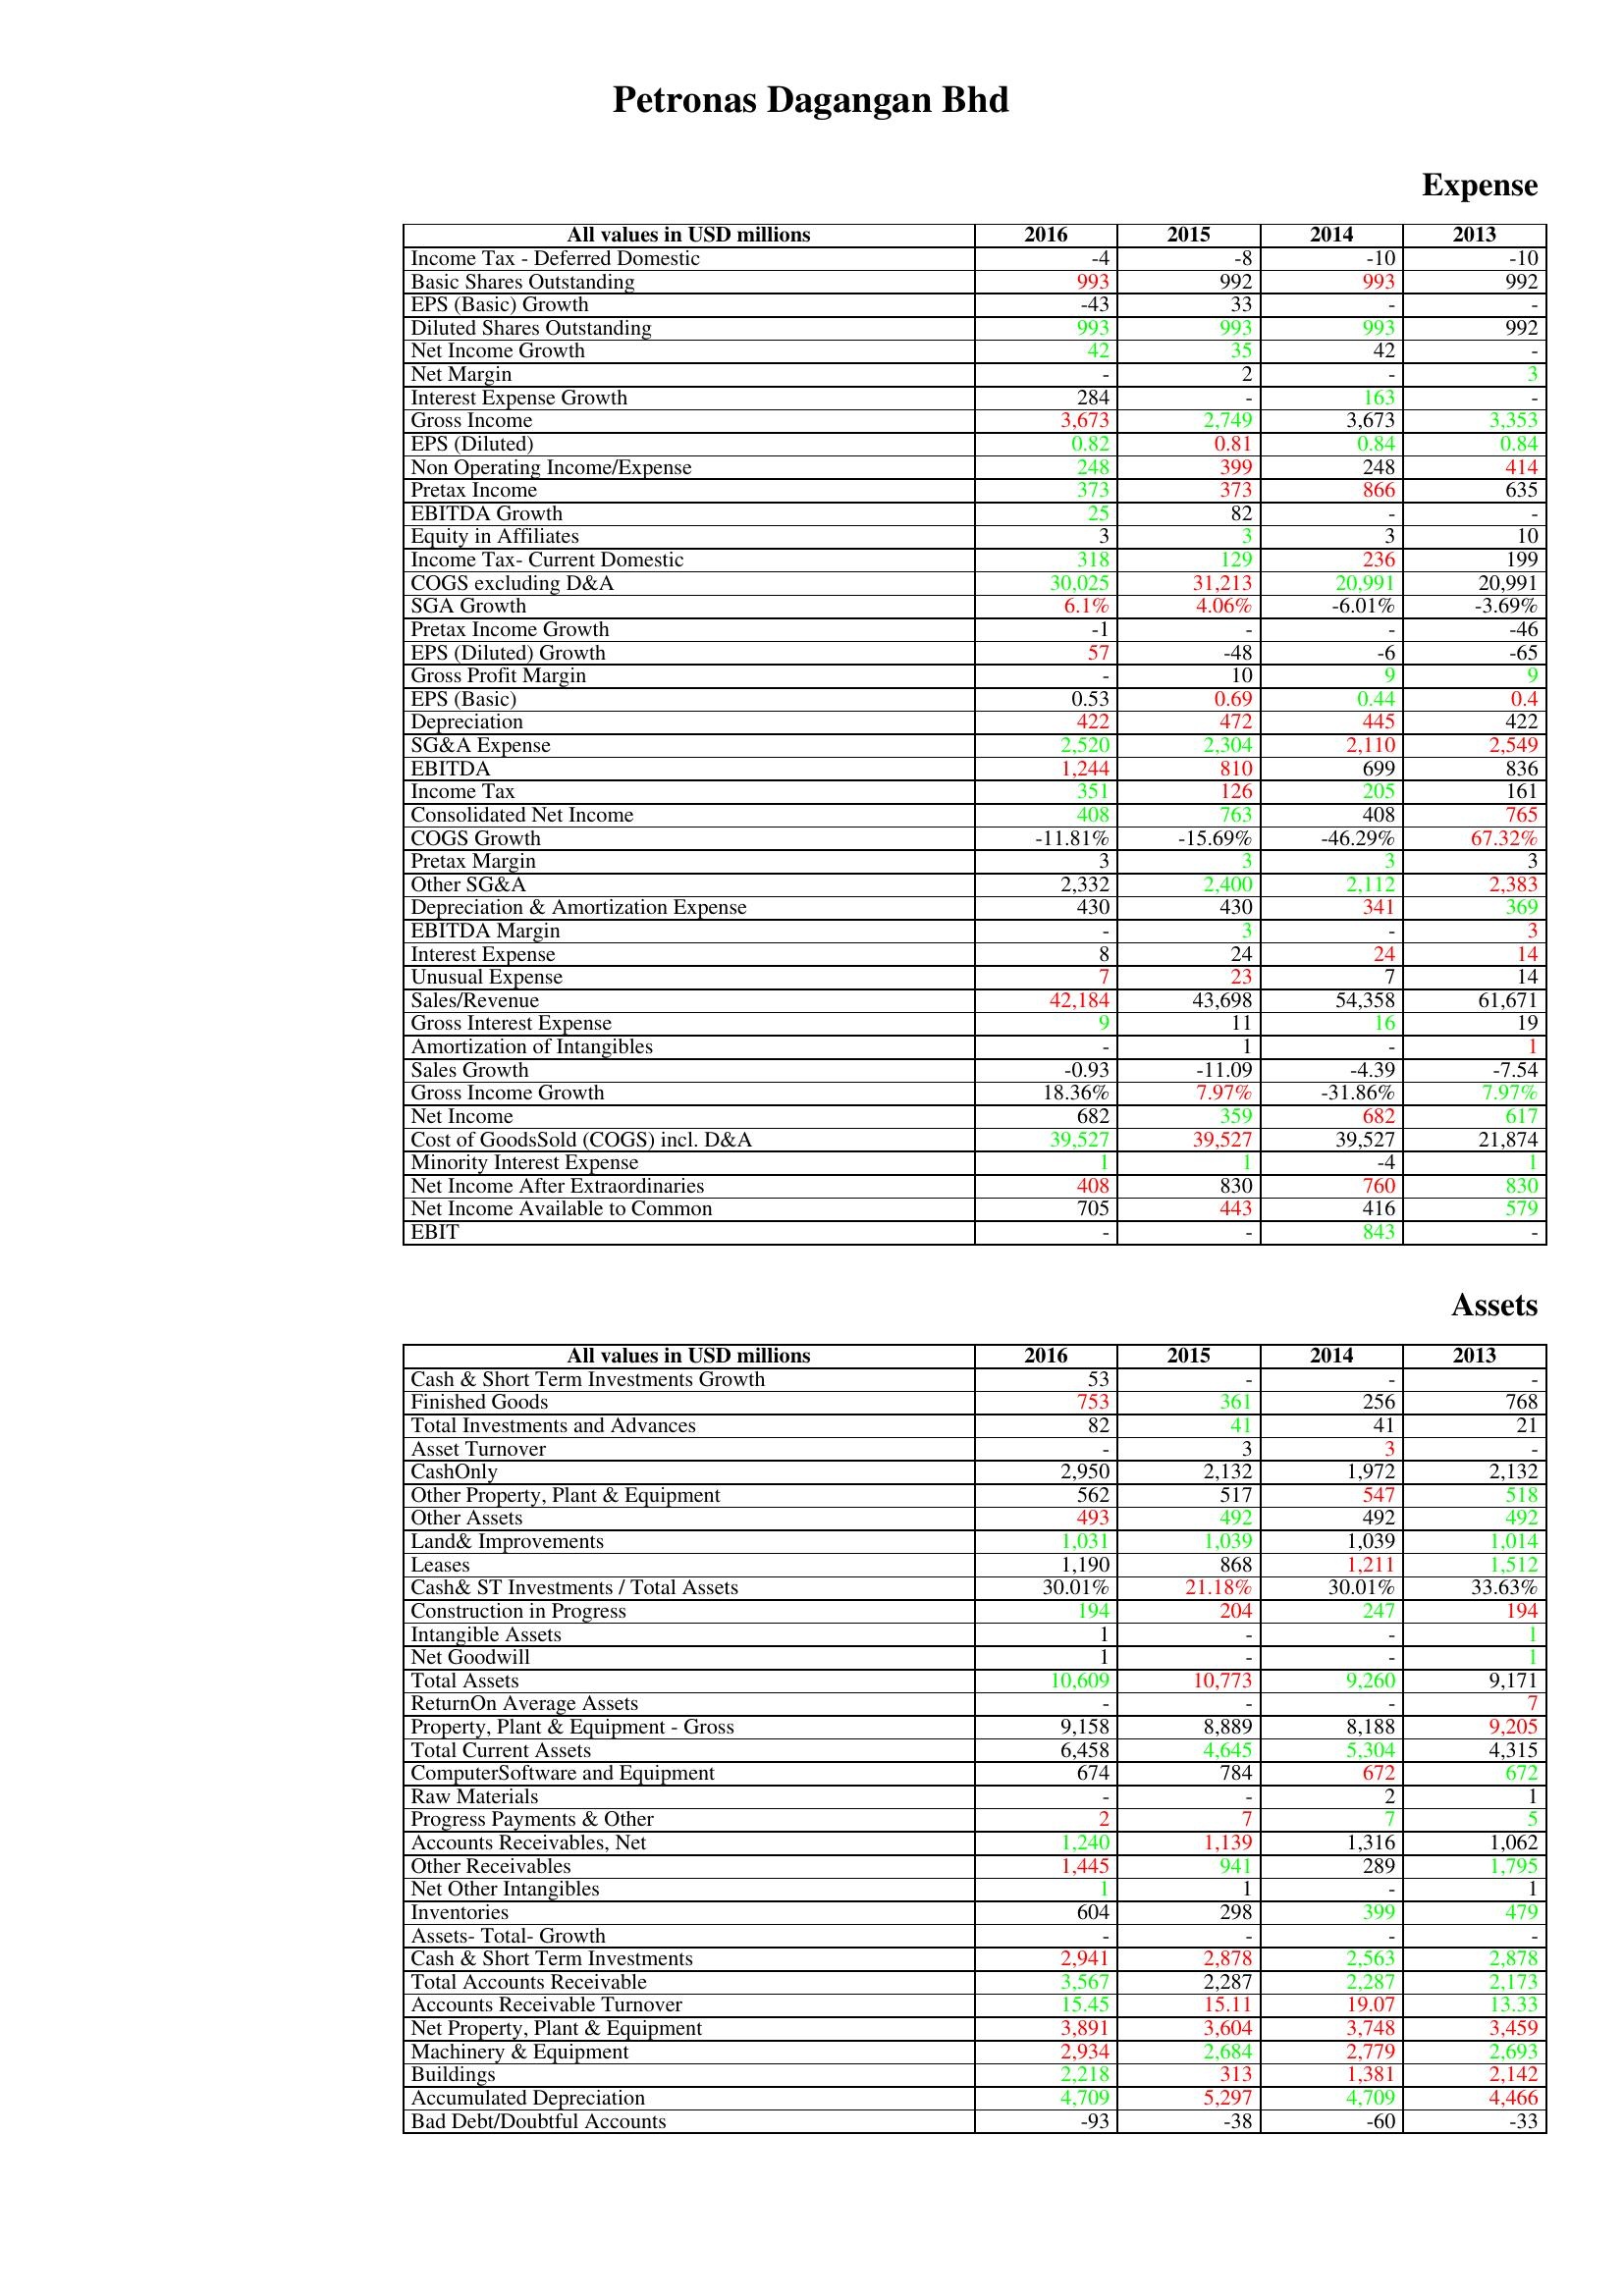
gt_parse: 2016: Expense: Income Tax - Deferred Domestic: -4
Basic Shares Outstanding: 993
EPS (Basic) Growth: -43
Diluted Shares Outstanding: 993
Net Income Growth: 42
Net Margin: -
Interest Expense Growth: 284
Gross Income: 3,673
EPS (Diluted): 0.82
Non Operating Income/Expense: 248
Pretax Income: 373
EBITDA Growth: 25
Equity in Affiliates: 3
Income Tax- Current Domestic: 318
COGS excluding D&A: 30,025
SGA Growth: 6.1%
Pretax Income Growth: -1
EPS (Diluted) Growth: 57
Gross Profit Margin: -
EPS (Basic): 0.53
Depreciation: 422
SG&A Expense: 2,520
EBITDA: 1,244
Income Tax: 351
Consolidated Net Income: 408
COGS Growth: -11.81%
Pretax Margin: 3
Other SG&A: 2,332
Depreciation & Amortization Expense: 430
EBITDA Margin: -
Interest Expense: 8
Unusual Expense: 7
Sales/Revenue: 42,184
Gross Interest Expense: 9
Amortization of Intangibles: -
Sales Growth: -0.93
Gross Income Growth: 18.36%
Net Income: 682
Cost of GoodsSold (COGS) incl. D&A: 39,527
Minority Interest Expense: 1
Net Income After Extraordinaries: 408
Net Income Available to Common: 705
EBIT: -
Assets: Cash & Short Term Investments Growth: 53
Finished Goods: 753
Total Investments and Advances: 82
Asset Turnover: -
CashOnly: 2,950
Other Property, Plant & Equipment: 562
Other Assets: 493
Land& Improvements: 1,031
Leases: 1,190
Cash& ST Investments / Total Assets: 30.01%
Construction in Progress: 194
Intangible Assets: 1
Net Goodwill: 1
Total Assets: 10,609
ReturnOn Average Assets: -
Property, Plant & Equipment - Gross : 9,158
Total Current Assets: 6,458
ComputerSoftware and Equipment: 674
Raw Materials: -
Progress Payments & Other: 2
Accounts Receivables, Net: 1,240
Other Receivables: 1,445
Net Other Intangibles: 1
Inventories: 604
Assets- Total- Growth: -
Cash & Short Term Investments: 2,941
Total Accounts Receivable: 3,567
Accounts Receivable Turnover: 15.45
Net Property, Plant & Equipment: 3,891
Machinery & Equipment: 2,934
Buildings: 2,218
Accumulated Depreciation: 4,709
Bad Debt/Doubtful Accounts: -93
2015: Expense: Income Tax - Deferred Domestic: -8
Basic Shares Outstanding: 992
EPS (Basic) Growth: 33
Diluted Shares Outstanding: 993
Net Income Growth: 35
Net Margin: 2
Interest Expense Growth: -
Gross Income: 2,749
EPS (Diluted): 0.81
Non Operating Income/Expense: 399
Pretax Income: 373
EBITDA Growth: 82
Equity in Affiliates: 3
Income Tax- Current Domestic: 129
COGS excluding D&A: 31,213
SGA Growth: 4.06%
Pretax Income Growth: -
EPS (Diluted) Growth: -48
Gross Profit Margin: 10
EPS (Basic): 0.69
Depreciation: 472
SG&A Expense: 2,304
EBITDA: 810
Income Tax: 126
Consolidated Net Income: 763
COGS Growth: -15.69%
Pretax Margin: 3
Other SG&A: 2,400
Depreciation & Amortization Expense: 430
EBITDA Margin: 3
Interest Expense: 24
Unusual Expense: 23
Sales/Revenue: 43,698
Gross Interest Expense: 11
Amortization of Intangibles: 1
Sales Growth: -11.09
Gross Income Growth: 7.97%
Net Income: 359
Cost of GoodsSold (COGS) incl. D&A: 39,527
Minority Interest Expense: 1
Net Income After Extraordinaries: 830
Net Income Available to Common: 443
EBIT: -
Assets: Cash & Short Term Investments Growth: -
Finished Goods: 361
Total Investments and Advances: 41
Asset Turnover: 3
CashOnly: 2,132
Other Property, Plant & Equipment: 517
Other Assets: 492
Land& Improvements: 1,039
Leases: 868
Cash& ST Investments / Total Assets: 21.18%
Construction in Progress: 204
Intangible Assets: -
Net Goodwill: -
Total Assets: 10,773
ReturnOn Average Assets: -
Property, Plant & Equipment - Gross : 8,889
Total Current Assets: 4,645
ComputerSoftware and Equipment: 784
Raw Materials: -
Progress Payments & Other: 7
Accounts Receivables, Net: 1,139
Other Receivables: 941
Net Other Intangibles: 1
Inventories: 298
Assets- Total- Growth: -
Cash & Short Term Investments: 2,878
Total Accounts Receivable: 2,287
Accounts Receivable Turnover: 15.11
Net Property, Plant & Equipment: 3,604
Machinery & Equipment: 2,684
Buildings: 313
Accumulated Depreciation: 5,297
Bad Debt/Doubtful Accounts: -38
2014: Expense: Income Tax - Deferred Domestic: -10
Basic Shares Outstanding: 993
EPS (Basic) Growth: -
Diluted Shares Outstanding: 993
Net Income Growth: 42
Net Margin: -
Interest Expense Growth: 163
Gross Income: 3,673
EPS (Diluted): 0.84
Non Operating Income/Expense: 248
Pretax Income: 866
EBITDA Growth: -
Equity in Affiliates: 3
Income Tax- Current Domestic: 236
COGS excluding D&A: 20,991
SGA Growth: -6.01%
Pretax Income Growth: -
EPS (Diluted) Growth: -6
Gross Profit Margin: 9
EPS (Basic): 0.44
Depreciation: 445
SG&A Expense: 2,110
EBITDA: 699
Income Tax: 205
Consolidated Net Income: 408
COGS Growth: -46.29%
Pretax Margin: 3
Other SG&A: 2,112
Depreciation & Amortization Expense: 341
EBITDA Margin: -
Interest Expense: 24
Unusual Expense: 7
Sales/Revenue: 54,358
Gross Interest Expense: 16
Amortization of Intangibles: -
Sales Growth: -4.39
Gross Income Growth: -31.86%
Net Income: 682
Cost of GoodsSold (COGS) incl. D&A: 39,527
Minority Interest Expense: -4
Net Income After Extraordinaries: 760
Net Income Available to Common: 416
EBIT: 843
Assets: Cash & Short Term Investments Growth: -
Finished Goods: 256
Total Investments and Advances: 41
Asset Turnover: 3
CashOnly: 1,972
Other Property, Plant & Equipment: 547
Other Assets: 492
Land& Improvements: 1,039
Leases: 1,211
Cash& ST Investments / Total Assets: 30.01%
Construction in Progress: 247
Intangible Assets: -
Net Goodwill: -
Total Assets: 9,260
ReturnOn Average Assets: -
Property, Plant & Equipment - Gross : 8,188
Total Current Assets: 5,304
ComputerSoftware and Equipment: 672
Raw Materials: 2
Progress Payments & Other: 7
Accounts Receivables, Net: 1,316
Other Receivables: 289
Net Other Intangibles: -
Inventories: 399
Assets- Total- Growth: -
Cash & Short Term Investments: 2,563
Total Accounts Receivable: 2,287
Accounts Receivable Turnover: 19.07
Net Property, Plant & Equipment: 3,748
Machinery & Equipment: 2,779
Buildings: 1,381
Accumulated Depreciation: 4,709
Bad Debt/Doubtful Accounts: -60
2013: Expense: Income Tax - Deferred Domestic: -10
Basic Shares Outstanding: 992
EPS (Basic) Growth: -
Diluted Shares Outstanding: 992
Net Income Growth: -
Net Margin: 3
Interest Expense Growth: -
Gross Income: 3,353
EPS (Diluted): 0.84
Non Operating Income/Expense: 414
Pretax Income: 635
EBITDA Growth: -
Equity in Affiliates: 10
Income Tax- Current Domestic: 199
COGS excluding D&A: 20,991
SGA Growth: -3.69%
Pretax Income Growth: -46
EPS (Diluted) Growth: -65
Gross Profit Margin: 9
EPS (Basic): 0.4
Depreciation: 422
SG&A Expense: 2,549
EBITDA: 836
Income Tax: 161
Consolidated Net Income: 765
COGS Growth: 67.32%
Pretax Margin: 3
Other SG&A: 2,383
Depreciation & Amortization Expense: 369
EBITDA Margin: 3
Interest Expense: 14
Unusual Expense: 14
Sales/Revenue: 61,671
Gross Interest Expense: 19
Amortization of Intangibles: 1
Sales Growth: -7.54
Gross Income Growth: 7.97%
Net Income: 617
Cost of GoodsSold (COGS) incl. D&A: 21,874
Minority Interest Expense: 1
Net Income After Extraordinaries: 830
Net Income Available to Common: 579
EBIT: -
Assets: Cash & Short Term Investments Growth: -
Finished Goods: 768
Total Investments and Advances: 21
Asset Turnover: -
CashOnly: 2,132
Other Property, Plant & Equipment: 518
Other Assets: 492
Land& Improvements: 1,014
Leases: 1,512
Cash& ST Investments / Total Assets: 33.63%
Construction in Progress: 194
Intangible Assets: 1
Net Goodwill: 1
Total Assets: 9,171
ReturnOn Average Assets: 7
Property, Plant & Equipment - Gross : 9,205
Total Current Assets: 4,315
ComputerSoftware and Equipment: 672
Raw Materials: 1
Progress Payments & Other: 5
Accounts Receivables, Net: 1,062
Other Receivables: 1,795
Net Other Intangibles: 1
Inventories: 479
Assets- Total- Growth: -
Cash & Short Term Investments: 2,878
Total Accounts Receivable: 2,173
Accounts Receivable Turnover: 13.33
Net Property, Plant & Equipment: 3,459
Machinery & Equipment: 2,693
Buildings: 2,142
Accumulated Depreciation: 4,466
Bad Debt/Doubtful Accounts: -33